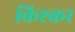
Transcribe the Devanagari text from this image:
किश्कर